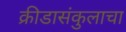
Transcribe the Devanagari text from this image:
क्रीडासंकुलाचा